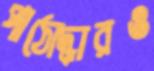
পাঠোদ্ধারও